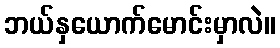
ဘယ်နှယောက်မောင်းမှာလဲ။